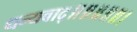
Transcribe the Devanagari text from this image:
धन्यवाद्॥॥॥॥॥।